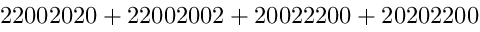
\mathrm { 2 2 0 0 2 0 2 0 + 2 2 0 0 2 0 0 2 + 2 0 0 2 2 2 0 0 + 2 0 2 0 2 2 0 0 }